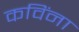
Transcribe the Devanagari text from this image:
कविंना